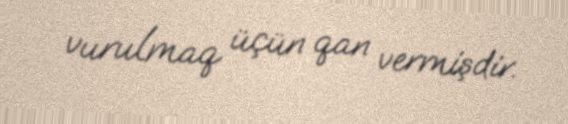
vurulmaq üçün qan vermişdir.